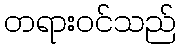
တရားဝင်သည်